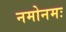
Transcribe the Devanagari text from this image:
नमोनमः